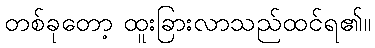
တစ်ခုတော့ ထူးခြားလာသည်ထင်ရ၏။